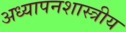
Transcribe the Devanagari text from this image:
अध्यापनशास्त्रीय